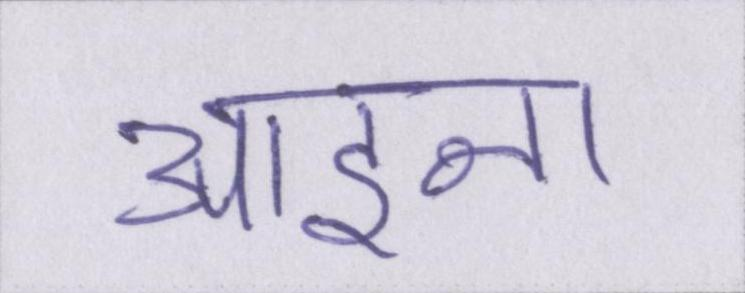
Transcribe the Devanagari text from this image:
आइना